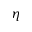
\eta